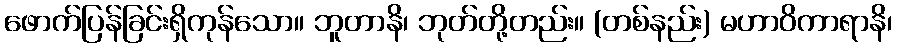
ဖောက်ပြန်ခြင်းရှိကုန်သော။ ဘူတာနိ၊ ဘုတ်တို့တည်း။ (တစ်နည်း) မဟာဝိကာရာနိ၊